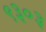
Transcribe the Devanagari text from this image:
९३०३